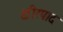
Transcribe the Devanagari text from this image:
क्षीरपाद